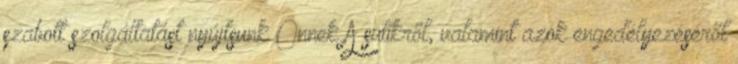
szabott szolgáltatást nyújtsunk Önnek A sütikről, valamint azok engedélyezéséről